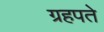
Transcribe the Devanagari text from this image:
ग्रहपते